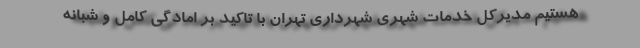
هستیم مدیرکل خدمات شهری شهرداری تهران با تاکید بر امادگی کامل و شبانه